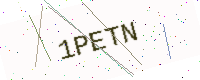
Text: 1PETN